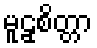
မူဠှစိတ္တာ